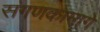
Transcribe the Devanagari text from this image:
संगणकामागे